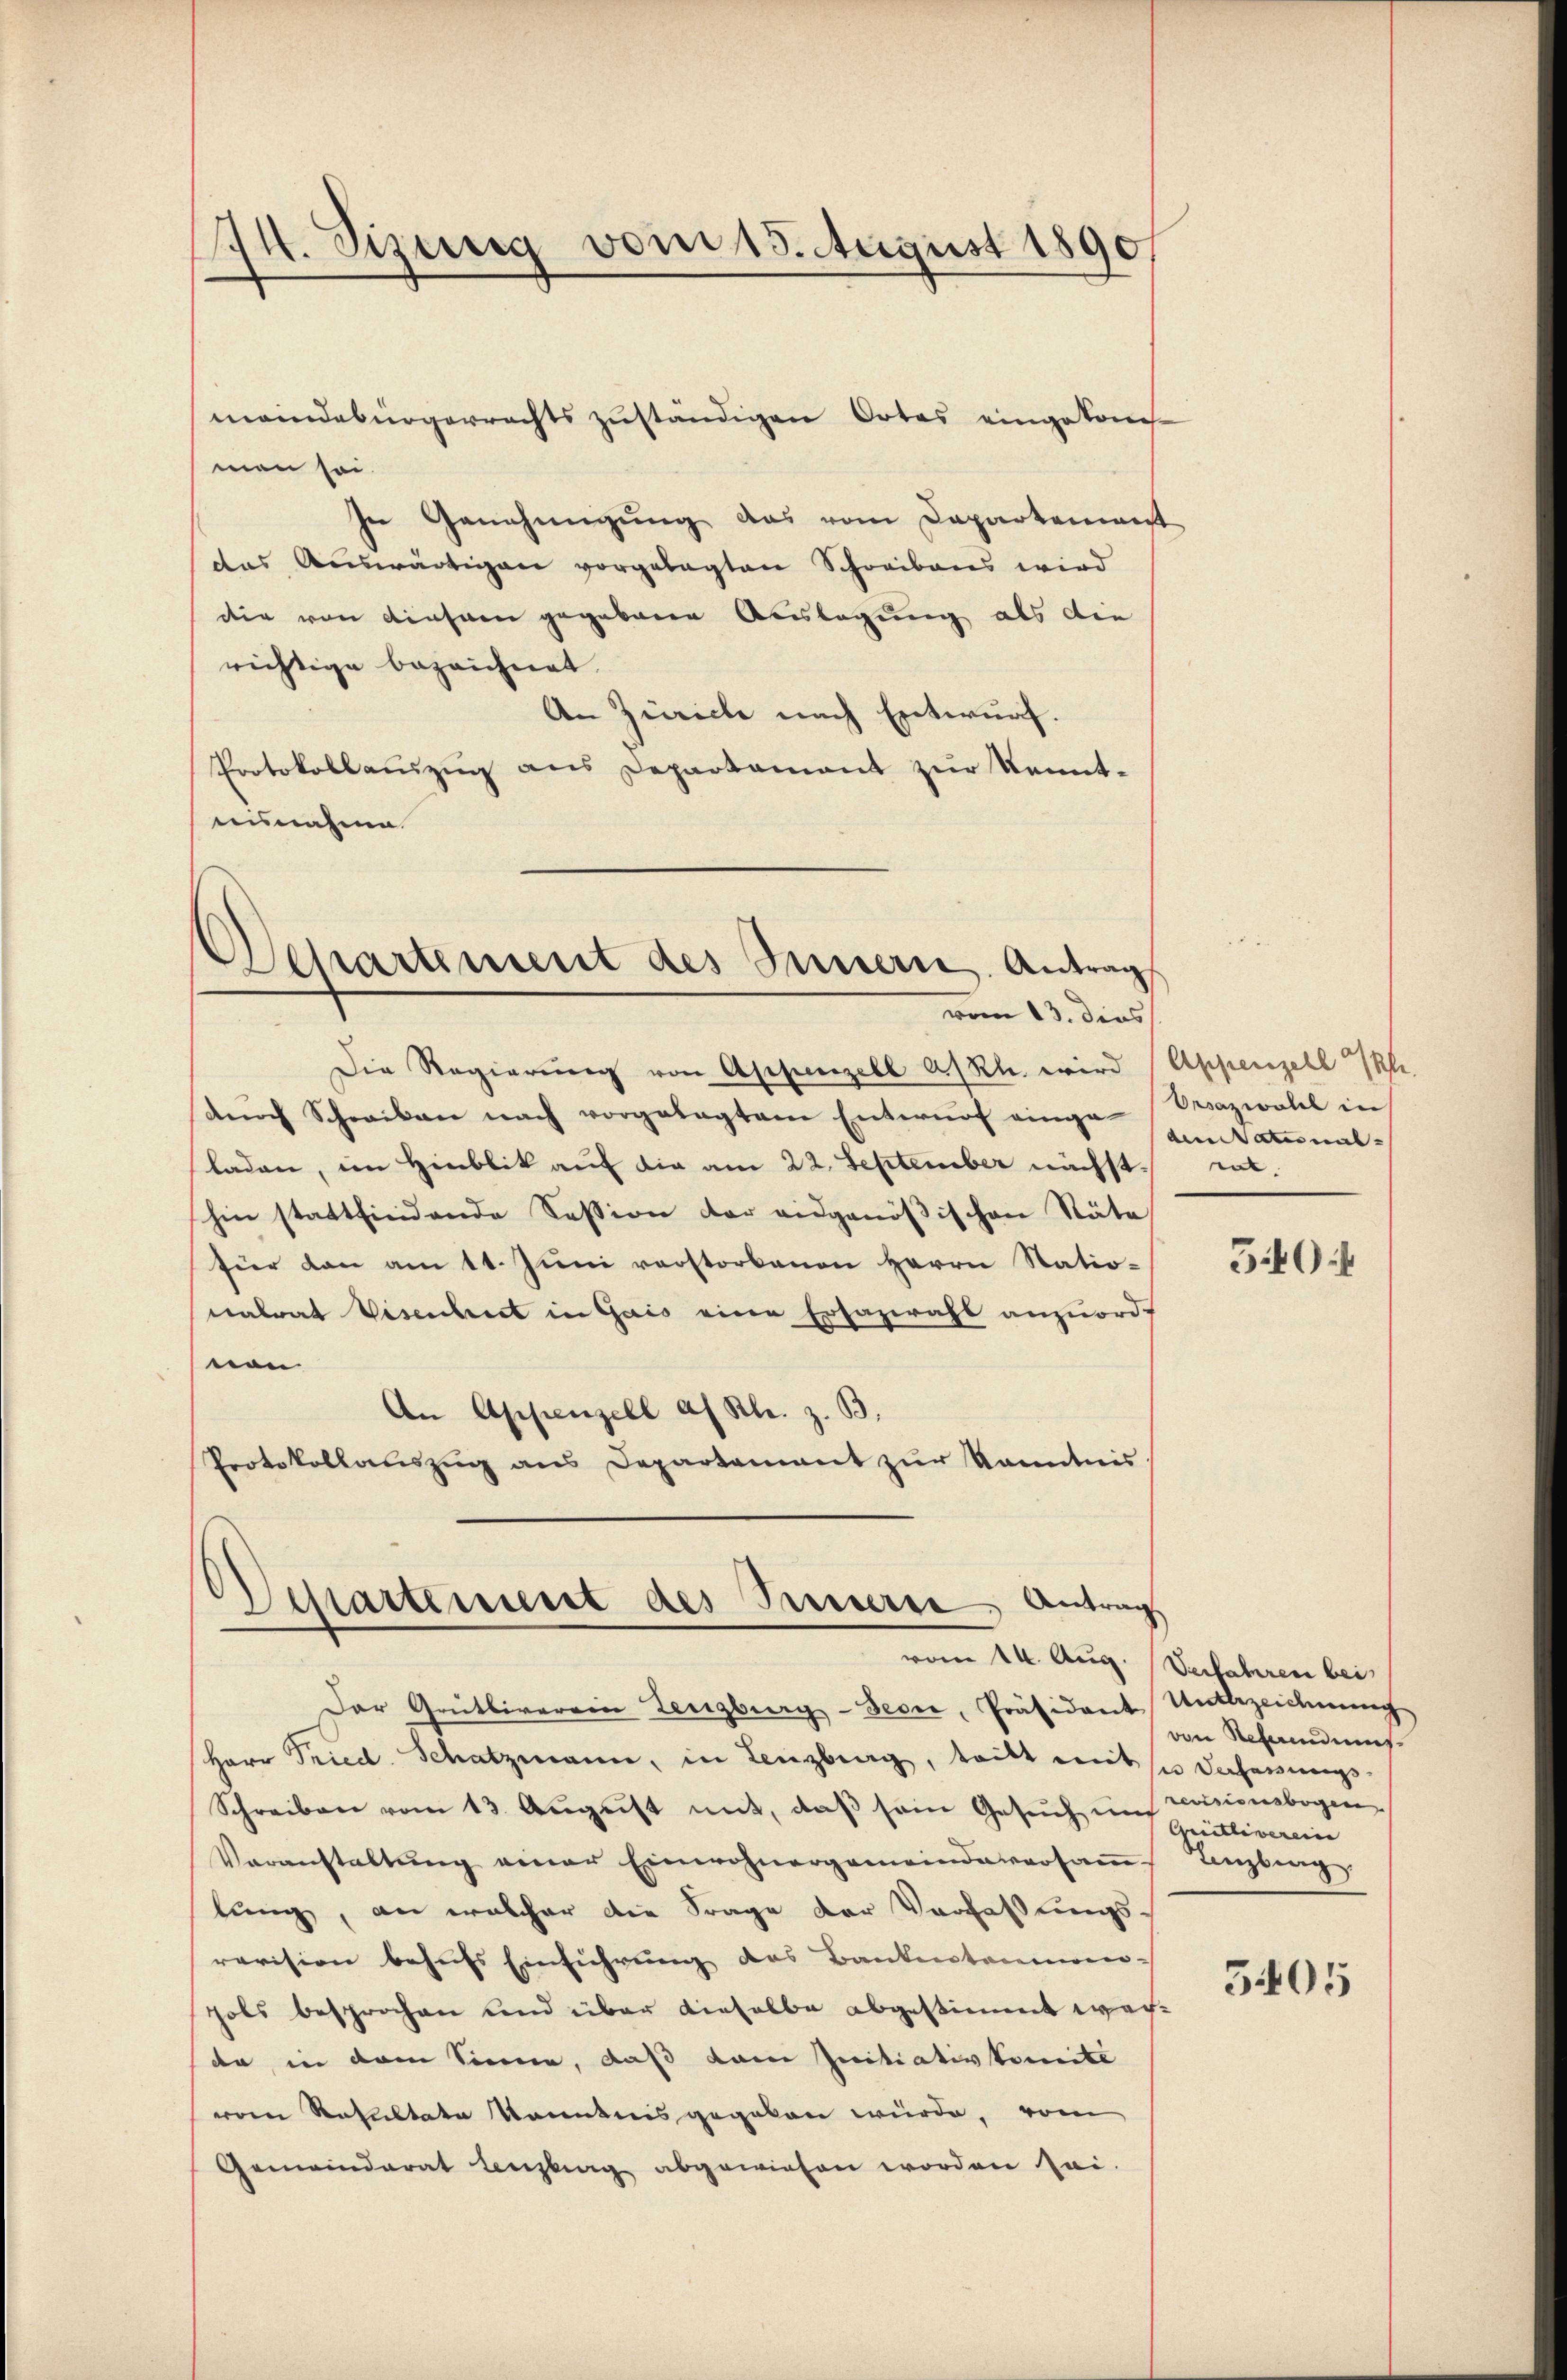
meindebürgerrechts zuständigen Ortes eingekommen sei.
In Genehmigung das vom Departement
das Auswärtigen vorgelegten Schreibens wird
die von einsam gegebenen Auslegung als die
richtige bezeichnet.
An Zürich nach Entwurf.
Protokollauszug aus Departament zur Kenntnisnahme

114. Sizung vom 15. August 1890

Departement des Innern. Antrag
vom 13. dies

Die Regierung von Appenzell a/Rh. wird (Appenzell I/Rh.
dŭrch Schreiben nach vorgelegtem Entwŭrf einge-Orazwotel in
laden, im Hinblik auf die am 22. September nächst
hin stattfindende Session der eidgenößischen Stäte
für dann am 11. Jŭni verstorbenen Herrn Statio-
nalrat Visenbriet in Gais einen Ersazwahl anzuordvon
An Appenzell af Kl. z. B.
Protokollauszug ans Departement zŭr Kanntnis

esartement des Busserte Antrag
vom 14. Aug. Verfahren bei

Der Gritliverein Lenzburg-Secre, Präsident Unterzeichnŭng
Herr Fried. Schatzmann, in Lenzburg, teilt mit sie Decherungs¬
Schreiben vom 13. Aŭgŭst mit, daβ sein Gesŭch im revisionsbogen
Veranstaltŭng einer Einwohnergemeindaversaṁ-
lung, an welcher die Frage der Verfaßungs-
revision behufs Einführung des Bankentanien-
pols besprochen und über dieselbe abgestimmt werde, in dem Sinne, daß dann Initiativkomite
ven Resultate Kenntnis gegeben würde, vom
Gemeinderat Lenzberg abgewiesen worden sei.

den Stational-
et.

5404

von Referendums
Quittiverein
Lenzburg.

5405